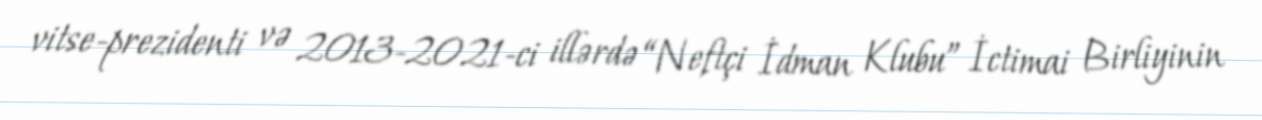
vitse-prezidenti və 2013-2021-ci illərdə “Neftçi İdman Klubu” İctimai Birliyinin